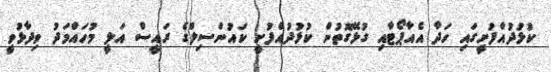
ކުޅުދުއްފުށީގައި ހަދާ އެއާޕޯޓާއި ގުޅޭގޮތުން ކުޅުދުއްފުށީ ކައުންސިލްގެ ރައީސް އަލީ މުހައްމަދު ވިދާޅުވީ